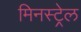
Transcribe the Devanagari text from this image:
मिनस्ट्रेल